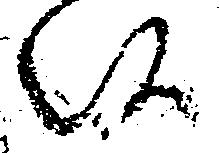
候